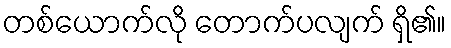
တစ်ယောက်လို တောက်ပလျက် ရှိ၏။